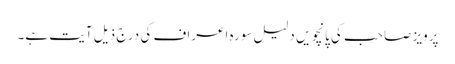
پرویز صاحب کی پانچویں دلیل سورہ اعراف کی درج ذیل آیت ہے۔